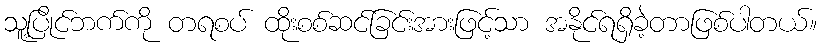
သူ့ပြိုင်ဘက်ကို တရစပ် ထိုးစစ်ဆင်ခြင်းအားဖြင့်သာ အနိုင်ရရှိခဲ့တာဖြစ်ပါတယ်။